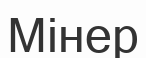
Мінер